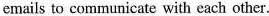
emails to communicate with each other.